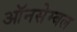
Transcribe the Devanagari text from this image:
ऑनसेम्बल